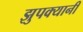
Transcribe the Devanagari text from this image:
झुपक्यानी